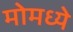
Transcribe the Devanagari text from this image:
मोमध्ये